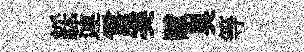
綵蓮霅奚赋臭等